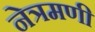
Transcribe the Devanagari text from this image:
नेत्रमणी